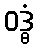
ဝဒ္ဓံ